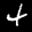
Label: 4